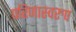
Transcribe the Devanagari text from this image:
परिणास्वरुप